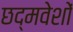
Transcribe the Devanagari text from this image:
छद्मवेशों